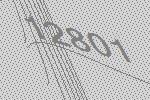
12801